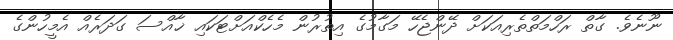
ނޫނެވެ. ގާތް ރަހްމަތްތެރިއަކަށް ދޭންޖެހޭ މަގާމުގެ އިތުރުން މެހެކްއަށްޓަކައި ޚާއްސަ ގަދަރެއް އެމީހުންގެ